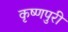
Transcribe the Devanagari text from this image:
कृष्णपुरी